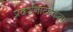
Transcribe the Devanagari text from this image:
प्रदर्शनात्मकता